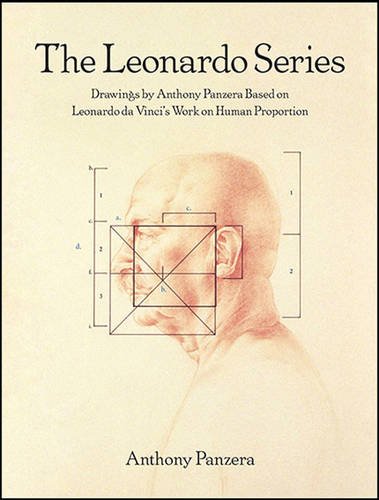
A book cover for The Leonardo Series: Drawings by Anthony Panzera Based on Leonardo Da Vinci's Work on Human Proportion (Samuel Dorsky Museum of Art); Anthony Panzera; Arts & Photography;